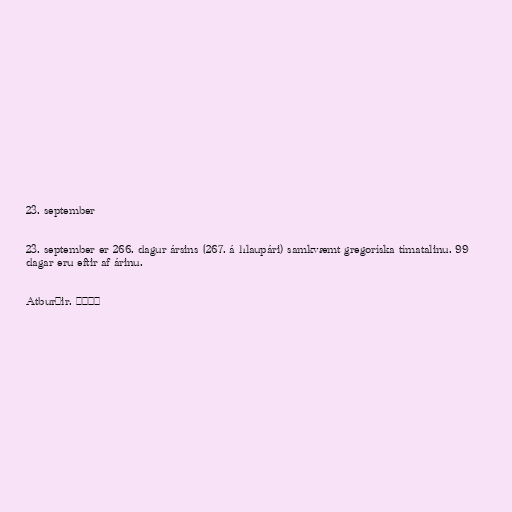
23. september

23. september er 266. dagur ársins (267. á hlaupári) samkvæmt gregoríska tímatalinu. 99
dagar eru eftir af árinu.

Atburðir. °°°°